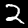
Label: 2